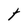
Character: t